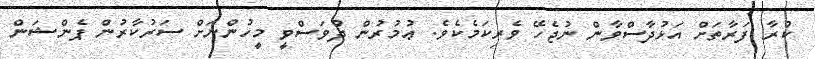
ކުރާ ފަރާތަށް އަޅުދާސްވާން ނުޖެހޭ ވެރިކަމެކެވެ. ޢުމުރުން ދުވަސްވީ މީހުންނަށް ސަރުކާރުން ޕެންޝަން